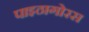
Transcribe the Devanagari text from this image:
पाइठागोरस